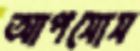
আপসোস